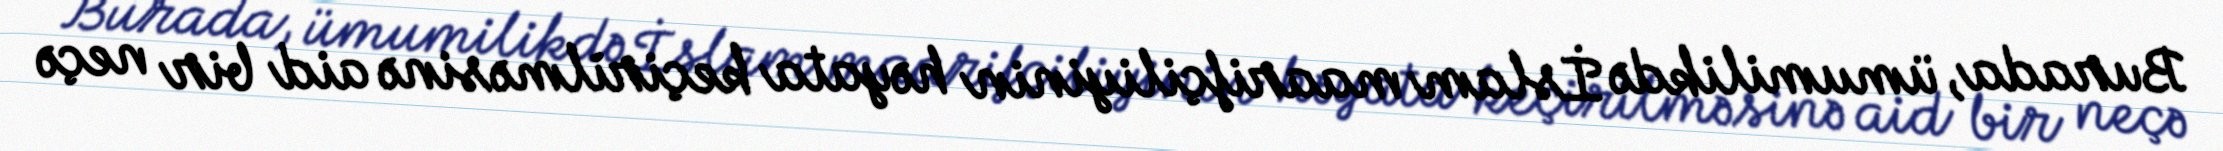
Burada, ümumilikdə İslam maarifçiliyinin həyata keçirilməsinə aid bir neçə